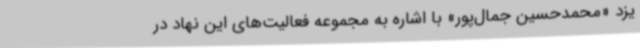
یزد «محمدحسین جمال‌پور» با اشاره به مجموعه فعالیت‌های این نهاد در